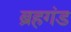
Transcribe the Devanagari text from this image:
ब्रहगंड